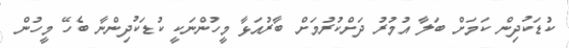
ކުޑަކުދިން ކަމަށް ބަލާ އުމުރު ދަށްކުރުމަށް ބާރުއަޅާ މީހުންނަކީ ކުޑަކުދިންނާ ބެހޭ މީހުން